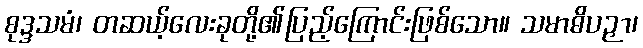
စုဒ္ဒသမံ၊ တဆယ့်လေးခုတို့၏ပြည့်ကြောင်းဖြစ်သော။ သမာဓိပဉှာ၊